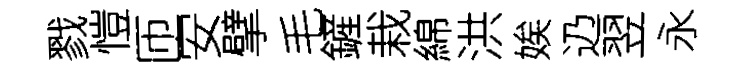
戮愷匝安擘毛鏟栽綿洪娭辸翌永